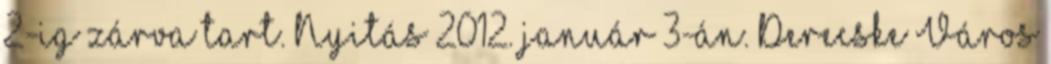
2-ig zárva tart. Nyitás 2012. január 3-án. Derecske Város